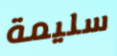
سليمة